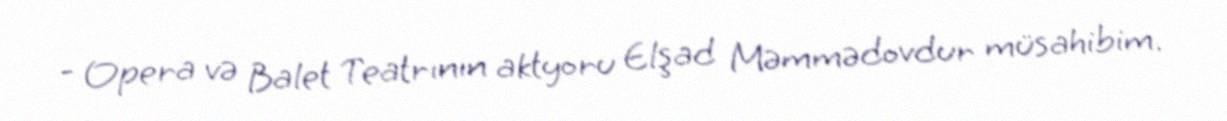
- Opera və Balet Teatrının aktyoru Elşad Məmmədovdur müsahibim.